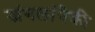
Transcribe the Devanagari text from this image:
जंगलांपैकी